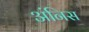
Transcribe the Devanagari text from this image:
अंनिस